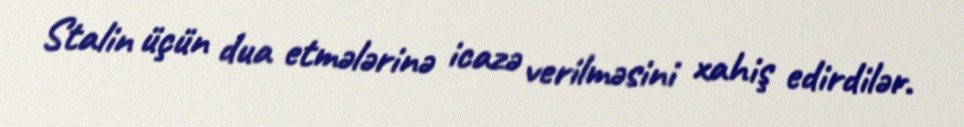
Stalin üçün dua etmələrinə icazə verilməsini xahiş edirdilər.